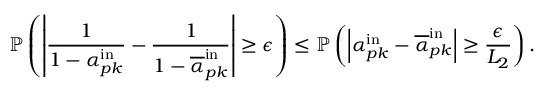
\mathbb { P } \left( \left| \frac { 1 } { 1 - \alpha _ { p k } ^ { \mathrm { i n } } } - \frac { 1 } { 1 - \overline { { \alpha } } _ { p k } ^ { \mathrm { i n } } } \right| \geq \epsilon \right) \leq \mathbb { P } \left( \left| \alpha _ { p k } ^ { \mathrm { i n } } - \overline { { \alpha } } _ { p k } ^ { \mathrm { i n } } \right| \geq \frac { \epsilon } { L _ { 2 } } \right) .